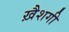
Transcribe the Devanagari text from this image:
ख़ैशगी